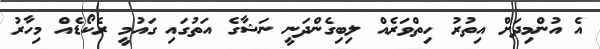
އެ އުންމިދަށް އިތުރު ހިތްވަރެއް ލިބިގެންދަނީ ނަޝާގެ އަތުގައި ގައުމީ ރެކޯޑެއް މިހާރު